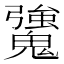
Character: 𩴒